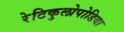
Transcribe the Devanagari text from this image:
रेटिकुलोपोडिया